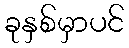
ခုနှစ်မှာပင်